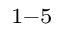
_ { 1 - 5 }